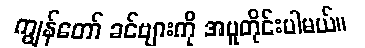
ကျွန်တော် ခင်ဗျားကို အပူတိုင်းပါမယ်။